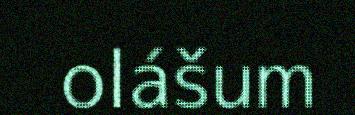
olášum